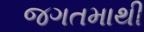
જગતમાથી